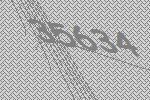
35634